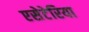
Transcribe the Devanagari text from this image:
एसेटेरिया